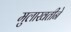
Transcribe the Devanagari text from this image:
मुलाखतीने